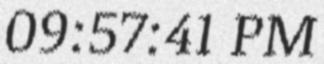
09:57:41 PM